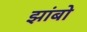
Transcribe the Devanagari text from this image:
झांबो